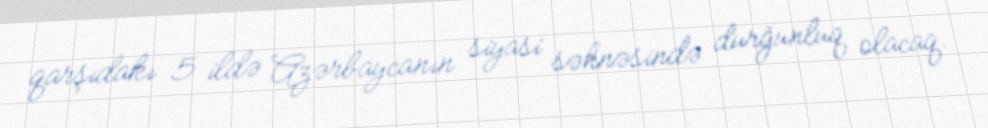
qarşıdakı 5 ildə Azərbaycanın siyasi səhnəsində durğunluq olacaq.